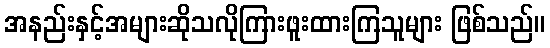
အနည်းနှင့်အများဆိုသလိုကြားဖူးထားကြသူများ ဖြစ်သည်။